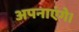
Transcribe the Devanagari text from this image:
अपनाएंगे।